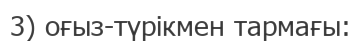
3) оғыз-түрікмен тармағы: